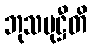
ဘုသမုဋ္ဌီတိ